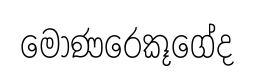
මොණරෙකූගේද